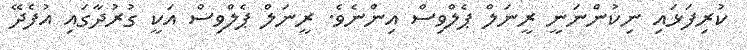
ކުރިފަޅައި ނިކުންނަނީ ރީނަލް ޕެލްވިސް އިންނެވެ. ރީނަލް ޕެލްވިސް އަކީ ގުރުދާގައި އުފެދޭ